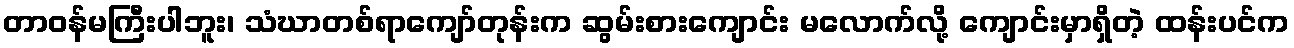
တာဝန်မကြီးပါဘူး၊ သံဃာတစ်ရာကျော်တုန်းက ဆွမ်းစားကျောင်း မလောက်လို့ ကျောင်းမှာရှိတဲ့ ထန်းပင်က